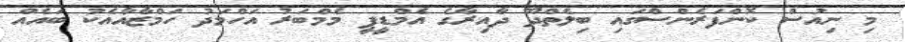
މި ނިއުސް ކޮންފަރެންސްގައި ބިލެތްދޫ ދާއިރާގެ އެމްޑީޕީ މެމްބަރު އަހްމަދު ހަމްޒާއާއެކު ބައެއް